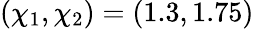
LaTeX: (\chi_{1},\chi_{2})=(1.3,1.75)